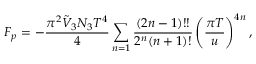
F _ { p } = - \frac { \pi ^ { 2 } \tilde { V } _ { 3 } N _ { 3 } T ^ { 4 } } { 4 } \sum _ { n = 1 } \frac { ( 2 n - 1 ) ! ! } { 2 ^ { n } ( n + 1 ) ! } \left( \frac { \pi T } { u } \right) ^ { 4 n } ,